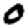
Digit: 0